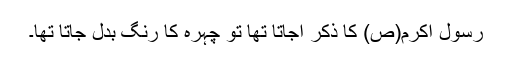
رسول اکرم(ص) کا ذکر آجاتا تھا تو چہرہ کا رنگ بدل جاتا تھا۔